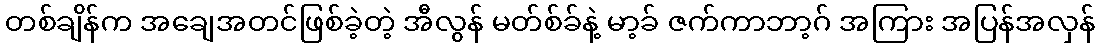
တစ်ချိန်က အချေအတင်ဖြစ်ခဲ့တဲ့ အီလွန် မတ်စ်ခ်နဲ့ မာ့ခ် ဇက်ကာဘာ့ဂ် အကြား အပြန်အလှန်